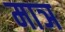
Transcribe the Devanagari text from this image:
माञ